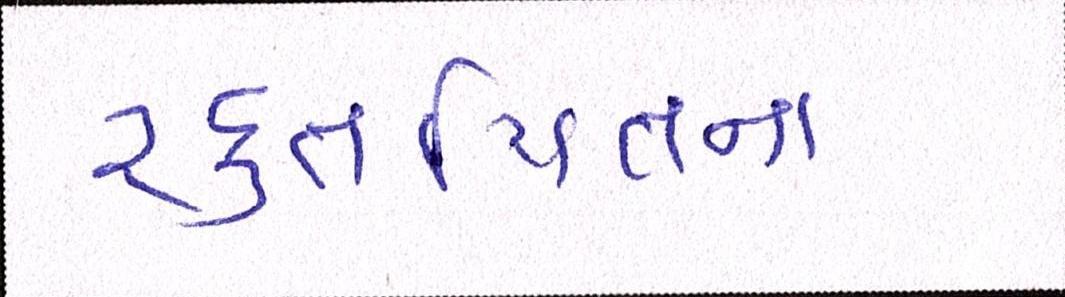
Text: રક્તપિતના